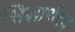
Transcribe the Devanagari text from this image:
सिद्धार्थत्व